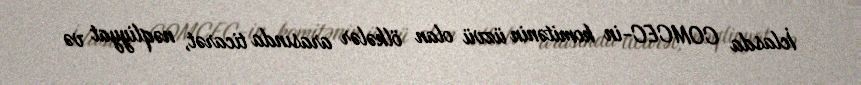
İclasda COMCEC-in komitənin üzvü olan ölkələr arasında ticarət, nəqliyyat və